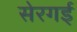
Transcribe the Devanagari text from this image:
सेरगई